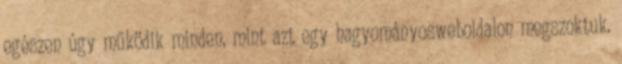
egészen úgy működik minden, mint azt egy hagyományosweboldalon megszoktuk.